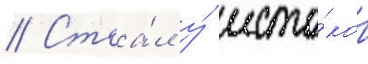
// Стоа́л у́ исто́ков